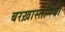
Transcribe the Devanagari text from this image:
बरख़ास्तगियों